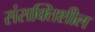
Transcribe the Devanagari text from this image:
संसक्तिशील